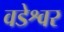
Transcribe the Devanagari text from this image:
वडेश्वर